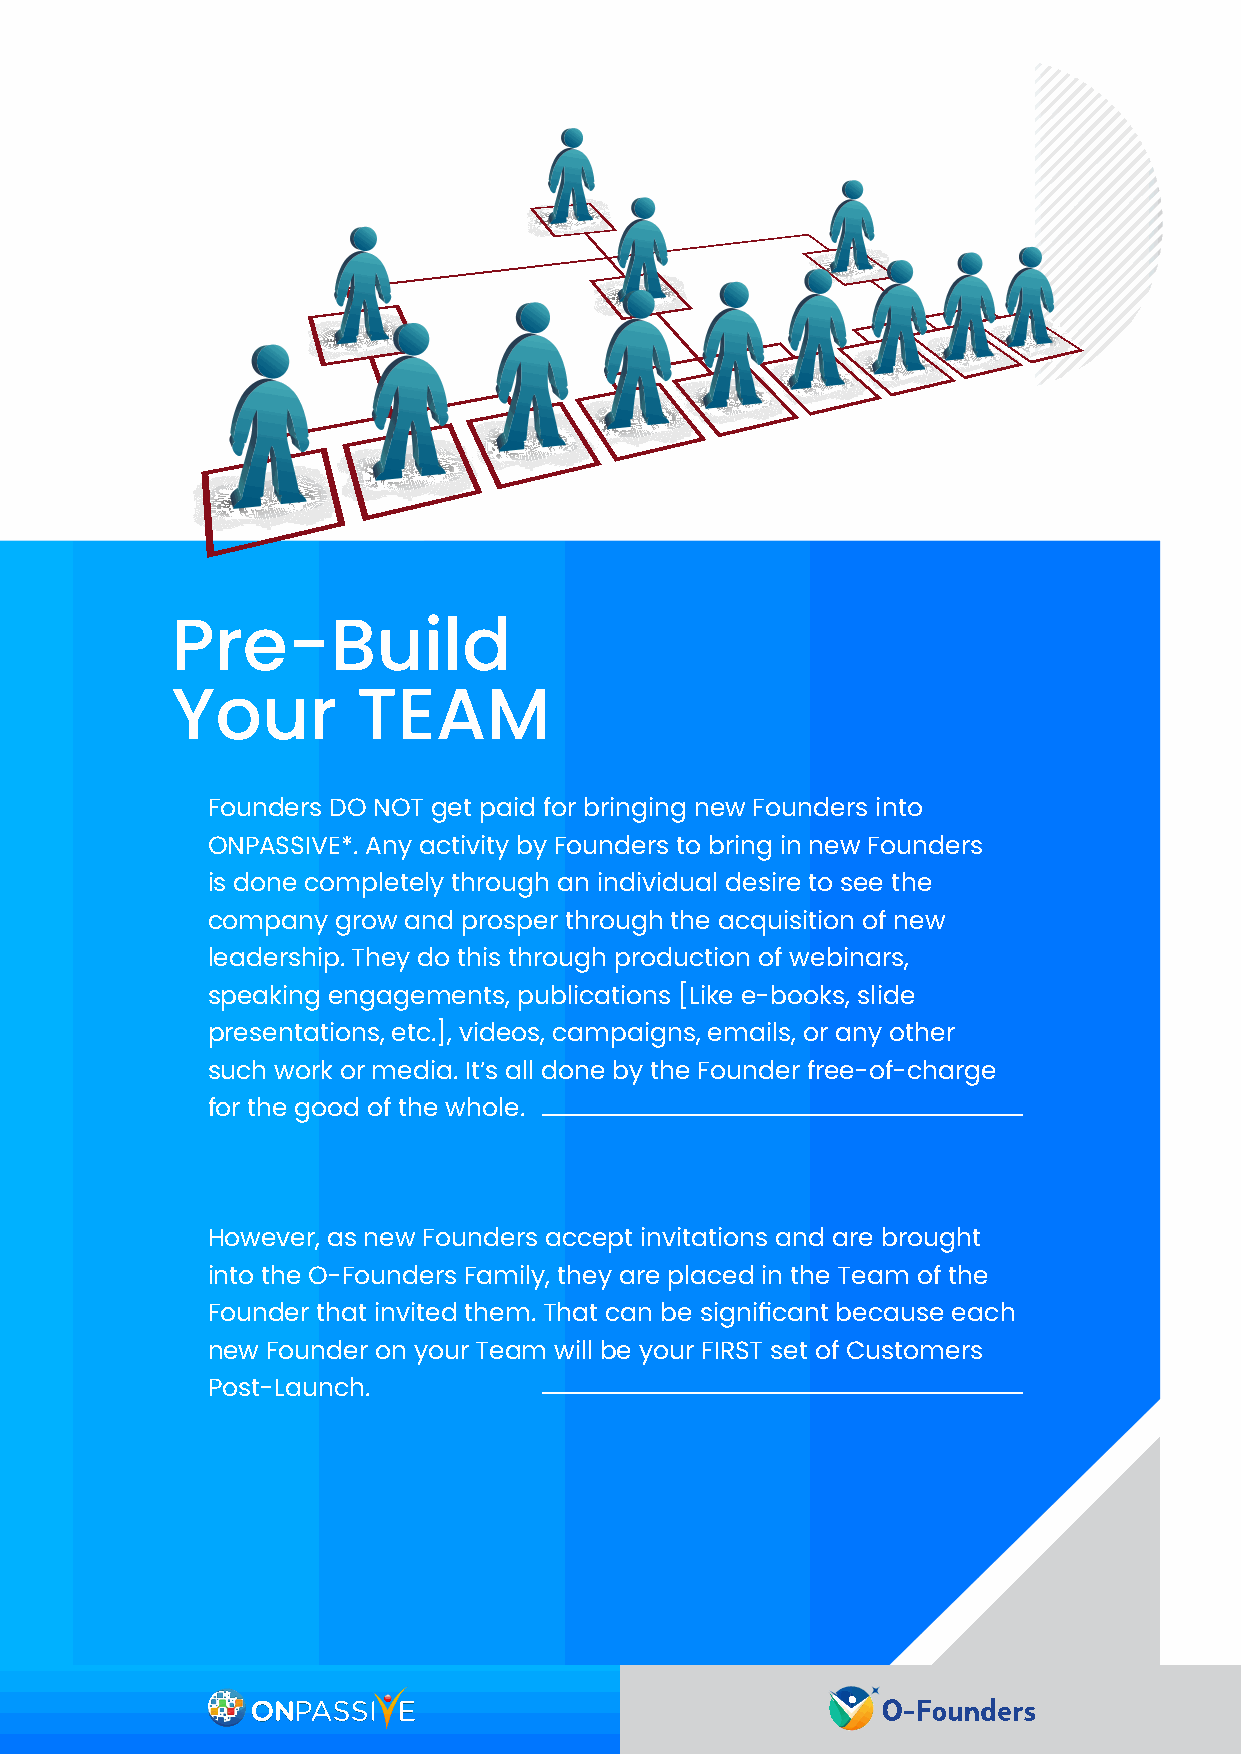
Pre-Build
 Your         TEAM
 Founders DO NOT get paid for bringing new Founders into
 ONPASSIVE*. Any activity by Founders to bring in new Founders
 is done completely through an individual desire to see the
 company grow and prosper through the acquisition of new
 leadership. They do this through production of webinars,
 speaking engagements, publications [Like e-books, slide
 presentations, etc.], videos, campaigns, emails, or any other
 such work or media. It’s all done by the Founder free-of-charge
 for the good of the whole.
 However, as new Founders accept invitations and are brought
 into the O-Founders Family, they are placed in the Team of the
 Founder that invited them. That can be significant because each
 new Founder on your Team will be your FIRST set of Customers
 Post-Launch.